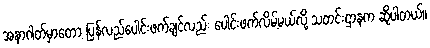
အနာဂါတ်မှာတော့ ပြန်လည်ပေါင်းဖက်ချင်လည်း ပေါင်းဖက်လိမ့်မယ်လို့ သတင်းဌာနက ဆိုပါတယ်။